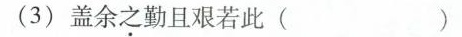
(3)盖余之勤且艰若此( )